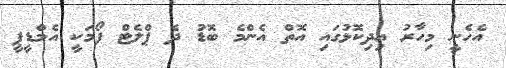
އެހެނީ މިހާރު އިދިކޮޅުގައި އޮތް އެންމެ ބޮޑު ދެ ޕްލެޓް ފޯމަކީ އެމްޑީޕީ